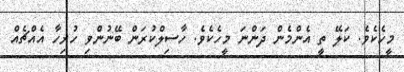
މީހެކެވެ. ކަލޭ ތީ އެންމެން ދަންނަ މީހެކެވެ. ހާސިލްކުރަން ބޭނުންވި ހުރިހާ އެއްޗެއް